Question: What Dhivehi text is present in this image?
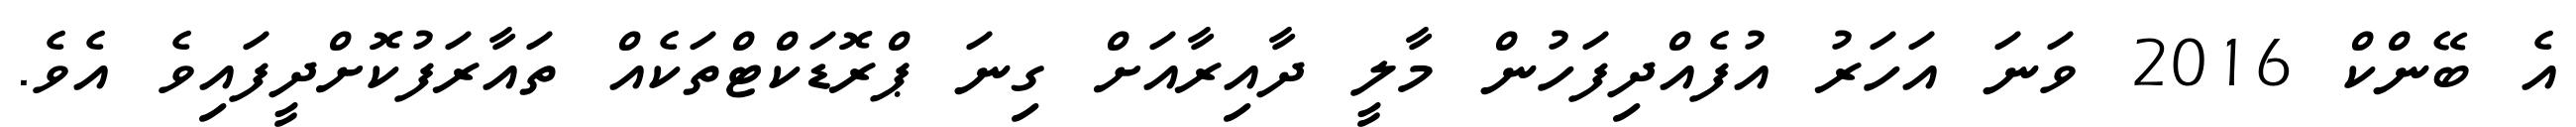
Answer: އެ ބޭންކް 2016 ވަނަ އަހަރު އުފެއްދިފަހުން މާލީ ދާއިރާއަށް ގިނަ ޕްރޮޑަކްޓްތަކެއް ތައާރަފުކޮށްދީފައިވެ އެވެ.